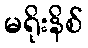
မရိုးနိစ်